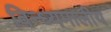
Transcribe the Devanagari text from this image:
विन्ध्यमालीय